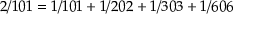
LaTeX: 2 / 1 0 1 = 1 / 1 0 1 + 1 / 2 0 2 + 1 / 3 0 3 + 1 / 6 0 6